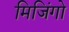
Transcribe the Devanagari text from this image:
मिजिंगो